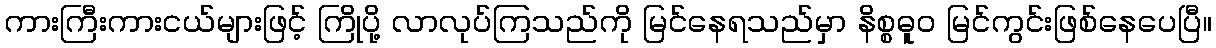
ကားကြီးကားငယ်များဖြင့် ကြိုပို့ လာလုပ်ကြသည်ကို မြင်နေရသည်မှာ နိစ္စဓူဝ မြင်ကွင်းဖြစ်နေပေပြီ။